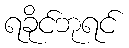
ရခိုင်ဘုရင်